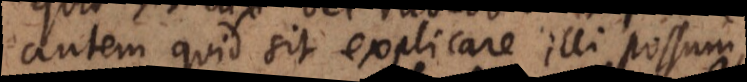
autem quid sit explicare illi possum,